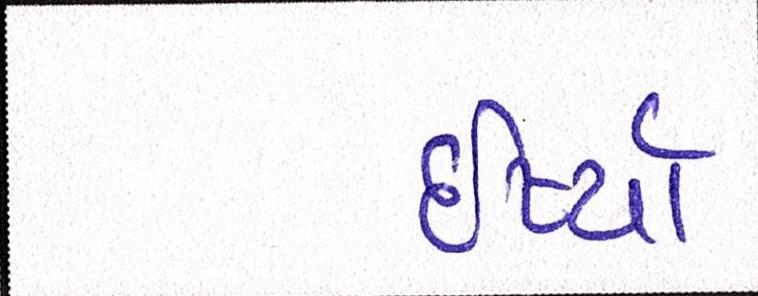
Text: ઈર્ષ્યા